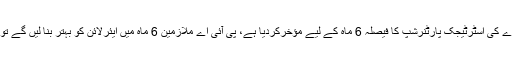
انہوں نے کہا کہ حکومت نے پی آئی اے کی اسٹرٹیجک پارٹنرشپ کا فیصلہ 6 ماہ کے لیے مؤخرکردیا ہے، پی آئی اے ملازمین 6 ماہ میں ایئرلائن کو بہتر بنا لیں گے تو نجکاری کی ضرورت نہیں پڑے گی۔